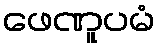
ဖေဏူပမံ